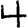
Digit: 4